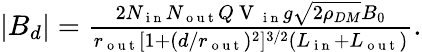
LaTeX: \begin{array}{r}{|B_{d}|=\frac{2N_{\mathrm{~i~n~}}N_{\mathrm{~o~u~t~}}Q\mathrm{~V~}_{\mathrm{~i~n~}}g\sqrt{2\rho_{DM}}B_{0}}{r_{\mathrm{~o~u~t~}}[1+(d/r_{\mathrm{~o~u~t~}})^{2}]^{3/2}(L_{\mathrm{~i~n~}}+L_{\mathrm{~o~u~t~}})}.}\end{array}